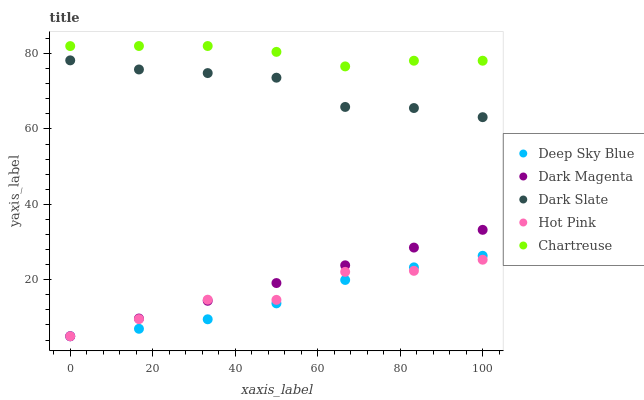
| xaxis_label | Deep Sky Blue | Dark Magenta | Dark Slate | Hot Pink | Chartreuse |
 | --- | --- | --- | --- | --- | --- |
 | 0 | 5 | 5 | 78.2 | 5 | 82 |
 | 16.7 | 6.98 | 9.71 | 75.8 | 9.55 | 82 |
 | 33.3 | 9.5 | 14.4 | 74.8 | 14.7 | 82 |
 | 50 | 13.7 | 19.1 | 73.6 | 14.7 | 80.4 |
 | 66.7 | 19.9 | 23.8 | 65.8 | 22.1 | 76.6 |
 | 83.3 | 23.3 | 28.5 | 65.5 | 22.4 | 78.1 |
 | 100 | 26.3 | 33.2 | 63.1 | 25.3 | 78.1 |